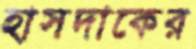
হাসদাকের